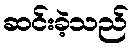
ဆင်းခဲ့သည်